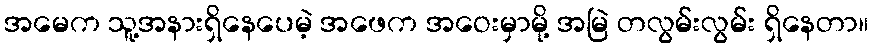
အမေက သူ့အနားရှိနေပေမဲ့ အဖေက အဝေးမှာမို့ အမြဲ တလွမ်းလွမ်း ရှိနေတာ။